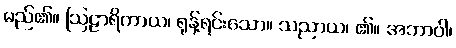
မည်၏။ ဩဠာရိကာယ၊ ရုန့်ရင်းသော။ သညာယ၊ ၏။ အဘာဝါ၊